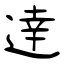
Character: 逹